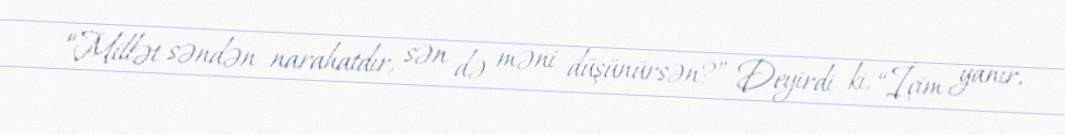
“Millət səndən narahatdır, sən də məni düşünürsən?” Deyirdi ki, “İçim yanır,